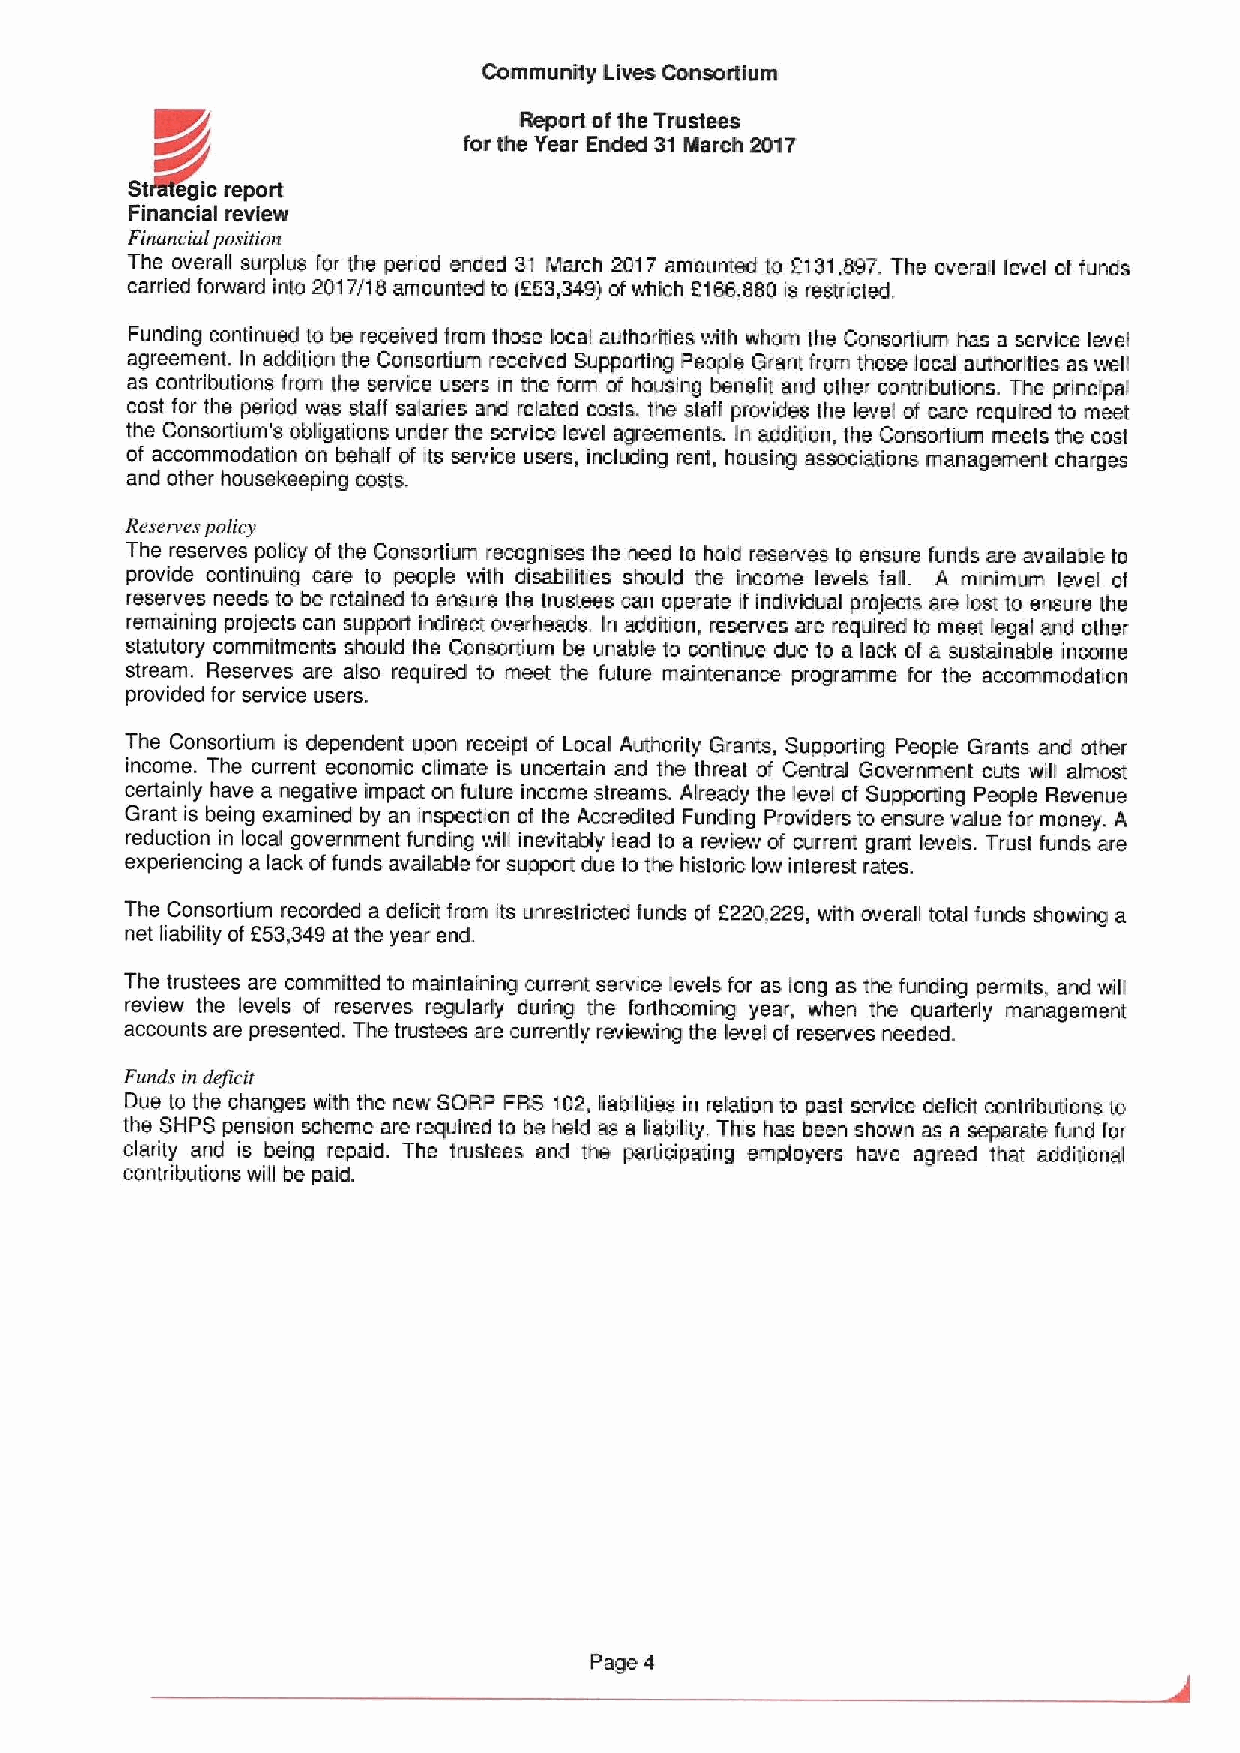
Community Lives Consortium
 Reparl af the Trustees
 for the Year Ended 31March 2017
 Financial review
 Finuneiuf pesifi nn
 The overall surplus for the period ended 31 March 2017 amounted to f131,897. The overall level of funds
 carried forward into 2017/I 8amounted to (f53,349)ofwhich f166,880 is restricted.
 Funding continued to be received fram those local authorities with whom the Consortium has a service level
 agreement. In addition the Consortium received Supporting People Grant fram those lacal authorities as well
 as contributions from the service users in the form of housing benefit and other contributions. The principal
 cost for the period was staff salaries and related costs, the staff provides the level of care required to meet
 the Consortium's obligations under the service level agreements. In additian, the Consortium meets the cost
 of accommodation on behalf of its service users, Including rent, housing associations management charges
 and other housekeeping costs.
 Reserves pnlicy
 The reserves policy of the Consortium recagnises the need to hold reserves to ensure funds are available ta
 provide continuing care to people with disabilities should the income levels fall. A minimum level cf
 reserves needs to be retained to ensure the trustees can operate ifindividual projects are lost to ensure the
 remaining projects can support indirect overheads. In addition, reserves are required to meet legal and other
 statutory commitments should the Consortium be unable to continue due to a lack of a sustainable income
 stream. Reserves are also required to meet the future maintenance programme for the accommodation
 provided for service users.
 The Consortium is dependent upon receipt of Local Authority Grants, Supporting People Grants and other
 income. The current economic climate is uncertain and the threat of Central Government cuts will almost
 certainly have a negative impact on future income streams. Already the level af Supporting People Revenue
 Grant is being examined by an inspection ol the Accredited Funding Providers to ensure value for money. A
 mduction in local government funding will Inevitably lead to a review of currerrt grant levels. Trust funds are
 experiencing a lack of funds available for support due to the historic low interest rates.
 The Consortium recorded a deficit from its unrestricted funds of F220,229, with overall total funds showing a
 net liability at f53,349 at the year end.
 The trustees are committed to maintaining current service levels for as long as the funding permits, and will
 review the levels ot reserves regularly during the fosihccming year, when the quarterly management
 accounts are presented. The trustees are currently reviewing the level of reserves needed.
 Funds in deficit
 Due to the changes with the new SORP FRS 102,liabilities in relation to past service deficit contributions to
 the SHPS pension scheme are required to be held as a liability, This has been shown as a separate fund for
 clarity and is being repaid. The trustees and the partidpating employers have agreed that additional
 contributions will be paid.
 Page 4